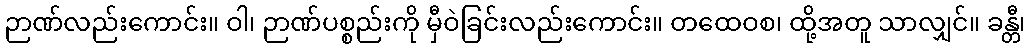
ဉာဏ်လည်းကောင်း။ ဝါ၊ ဉာဏ်ပစ္စည်းကို မှီဝဲခြင်းလည်းကောင်း။ တထေဝစ၊ ထို့အတူ သာလျှင်။ ခန္တီ၊